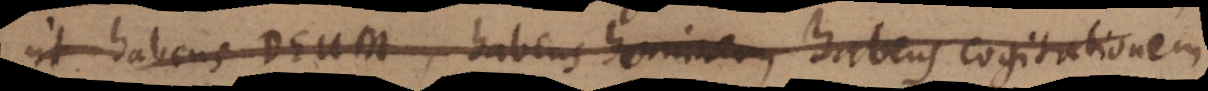
ut habens Deum, habens hominem, habens cogitationem,